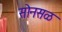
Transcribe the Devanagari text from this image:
सोनसळ